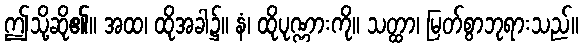
ဤသို့ဆို၏။ အထ၊ ထိုအခါ၌။ နံ၊ ထိုပုဏ္ဏားကို။ သတ္ထာ၊ မြတ်စွာဘုရားသည်။